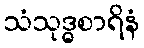
သံသုဒ္ဓစာရိနံ